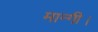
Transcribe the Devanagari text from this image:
मान्गी।